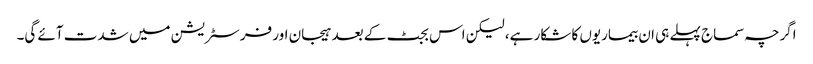
اگرچہ سماج پہلے ہی ان بیماریوں کا شکار ہے، لیکن اس بجٹ کے بعد ہیجان اور فرسٹریشن میں شدت آئے گی۔